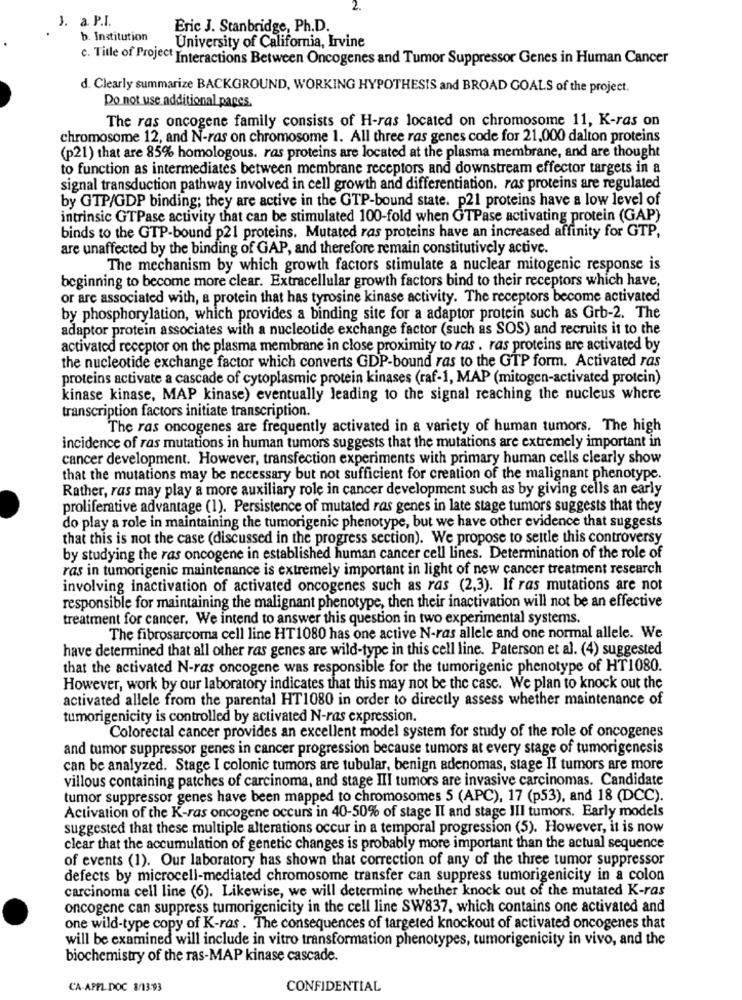
J. a. P.I.
Eric J. Stanbridge, Ph.D.
b. Institution
University of California, Irvine
c. Title of Project Interactions Between Oncogenes and Tumor Suppressor Genes in Human Cancer
d. Clearly summarize BACKGROUND, WORKING HYPOTHESIS and BROAD GOALS of the project.
Do not use additional papes.
The ras oncogene family consists of H-ras located on chromosome 11, K-ras on
chromosome 12, and N-ras on chromosome 1. All three ras genes code for 21,000 dalton proteins
(p21) that are 85% homologous. ras proteins are located at the plasma membrane, and are thought
to function as intermediates between membrane receptors and downstream effector targets in a
signal transduction pathway involved in cell growth and differentiation. ras proteins are regulated
by GTP/GDP binding; they are active in the GTP-bound state. p21 proteins have a low level of
intrinsic GTPase activity that can be stimulated 100-fold when GTPase activating protein (GAP)
binds to the GTP-bound p21 proteins. Mutated ras proteins have an increased affinity for GTP,
are unaffected by the binding of GAP, and therefore remain constitutively active.
The mechanism by which growth factors stimulate a nuclear mitogenic response is
beginning to become more clear. Extracellular growth factors bind to their receptors which have,
or are associated with, a protein that has tyrosine kinase activity. The receptors become activated
by phosphorylation, which provides a binding site for a adaptor protein such as Grb-2. The
adaptor protein associates with a nucleotide exchange factor (such as SOS) and recruits it to the
activated receptor on the plasma membrane in close proximity to ras . ras proteins are activated by
the nucleotide exchange factor which converts GDP-bound ras to the GTP form. Activated ras
proteins activate a cascade of cytoplasmic protein kinases (raf-1, MAP (mitogen-activated protein)
kinase kinase, MAP kinase) eventually leading to the signal reaching the nucleus where
transcription factors initiate transcription.
The ras oncogenes are frequently activated in a variety of human tumors. The high
incidence of ras mutations in human tumors suggests that the mutations are extremely important in
cancer development. However, transfection experiments with primary human cells clearly show
that the mutations may be necessary but not sufficient for creation of the malignant phenotype.
Rather, ras may play a more auxiliary role in cancer development such as by giving cells an early
proliferative advantage (1). Persistence of mutated ras genes in late stage tumors suggests that they
do play a role in maintaining the tumorigenic phenotype, but we have other evidence that suggests
that this is not the case (discussed in the progress section). We propose to settle this controversy
by studying the ras oncogene in established human cancer cell lines. Determination of the role of
ras in tumorigenic maintenance is extremely important in light of new cancer treatment research
involving inactivation of activated oncogenes such as ras (2,3). If ras mutations are not
responsible for maintaining the malignant phenotype, then their inactivation will not be an effective
treatment for cancer. We intend to answer this question in two experimental systems.
The fibrosarcoma cell line HT1080 has one active N-ras allele and one normal allele. We
have determined that all other ras genes are wild-type in this cell line. Paterson et al. (4) suggested
that the activated N-ras oncogene was responsible for the tumorigenic phenotype of HT1080.
However, work by our laboratory indicates that this may not be the case. We plan to knock out the
activated allele from the parental HT1080 in order to directly assess whether maintenance of
tumorigenicity is controlled by activated N-ras expression.
Colorectal cancer provides an excellent model system for study of the role of oncogenes
and tumor suppressor genes in cancer progression because tumors at every stage of tumorigenesis
can be analyzed. Stage I colonic tumors are tubular, benign adenomas, stage II tumors are more
villous containing patches of carcinoma, and stage III tumors are invasive carcinomas. Candidate
tumor suppressor genes have been mapped to chromosomes 5 (APC), 17 (p53), and 18 (DCC).
Activation of the K-ras oncogene occurs in 40-50% of stage Il and stage III tumors. Early models
suggested that these multiple alterations occur in a temporal progression (5). However, it is now
clear that the accumulation of genetic changes is probably more important than the actual sequence
of events (1). Our laboratory has shown that correction of any of the three tumor suppressor
defects by microcell-mediated chromosome transfer can suppress tumorigenicity in a colon
carcinoma cell line (6). Likewise, we will determine whether knock out of the mutated K-ras
oncogene can suppress tumorigenicity in the cell line SW837, which contains one activated and
one wild-type copy of K-ras . The consequences of targeted knockout of activated oncogenes that
will be examined will include in vitro transformation phenotypes, tumorigenicity in vivo, and the
biochemistry of the ras-MAP kinase cascade.
CA-APPL DOC 8/13:93
CONFIDENTIAL